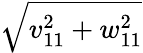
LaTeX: \sqrt{v_{11}^{2}+w_{11}^{2}}